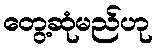
တွေ့ဆုံမည်ဟု